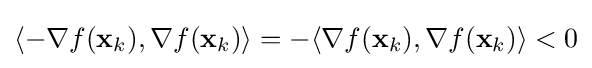
\langle -\nabla f(\mathbf {x} _{k}),\nabla f(\mathbf {x} _{k})\rangle =-\langle \nabla f(\mathbf {x} _{k}),\nabla f(\mathbf {x} _{k})\rangle <0